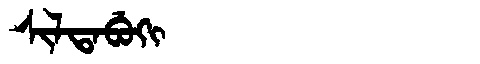
Manchu: ᠰᡳᠯᡨᠠᠪᡠᡴᡳ
Romanization: SILTABUKI